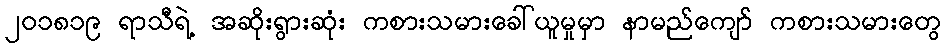
၂၀၁၈၁၉ ရာသီရဲ့ အဆိုးရွားဆုံး ကစားသမားခေါ်ယူမှုမှာ နာမည်ကျော် ကစားသမားတွေ